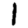
Digit: 1